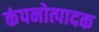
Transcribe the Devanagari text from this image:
कंपनोत्पादक